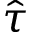
\hat { \tau }